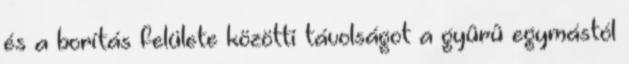
és a borítás felülete közötti távolságot a gyûrû egymástól